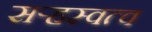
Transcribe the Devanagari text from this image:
सऱ्हस्वत्व